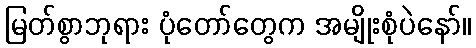
မြတ်စွာဘုရား ပုံတော်တွေက အမျိုးစုံပဲနော်။